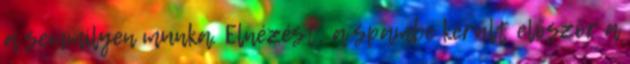
a semmilyen munka. Elnézést, a spambe került először a